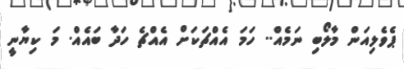
ޕެވެލިއަން މާލޯބި ނަމެއް.. ހަމަ އެއްޗަކަށް އެއްޗެ ހަދާ ބައެއް. މަ ކިޔާނީ